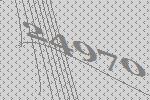
24970